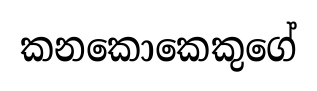
කනකොකෙකුගේ